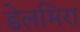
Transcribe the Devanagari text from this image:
डेलमिरा